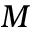
M